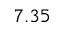
7 . 3 5